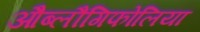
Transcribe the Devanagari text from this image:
औब्लौंगिफोलिया